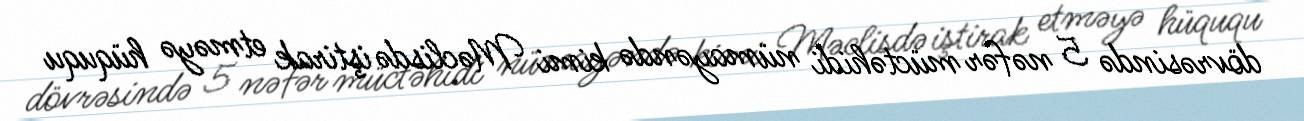
dövrəsində 5 nəfər müctəhidi nümayəndə kimi Məclisdə iştirak etməyə hüququ